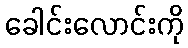
ခေါင်းလောင်းကို